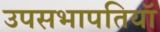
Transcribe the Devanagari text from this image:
उपसभापतियॉ